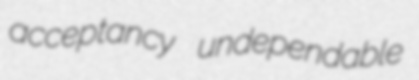
acceptancy undependable